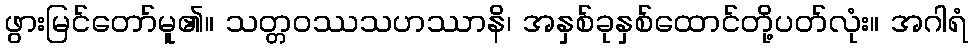
ဖွားမြင်တော်မူ၏။ သတ္တဝဿသဟဿာနိ၊ အနှစ်ခုနှစ်ထောင်တို့ပတ်လုံး။ အဂါရံ